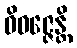
ဝိဝဇ္ဇေန္တိ